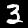
Digit: 3